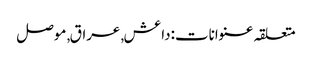
متعلقہ عنوانات‬:داعش, عراق, موصل